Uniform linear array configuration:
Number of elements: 24
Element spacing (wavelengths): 0.5
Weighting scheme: hann
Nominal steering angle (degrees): -60
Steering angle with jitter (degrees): -58.464
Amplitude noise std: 0.05
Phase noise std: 0.05

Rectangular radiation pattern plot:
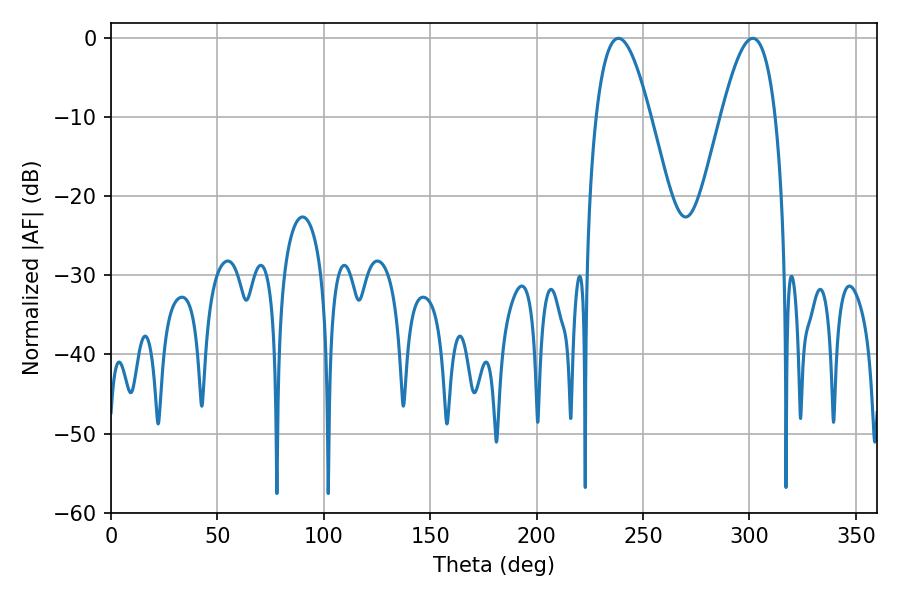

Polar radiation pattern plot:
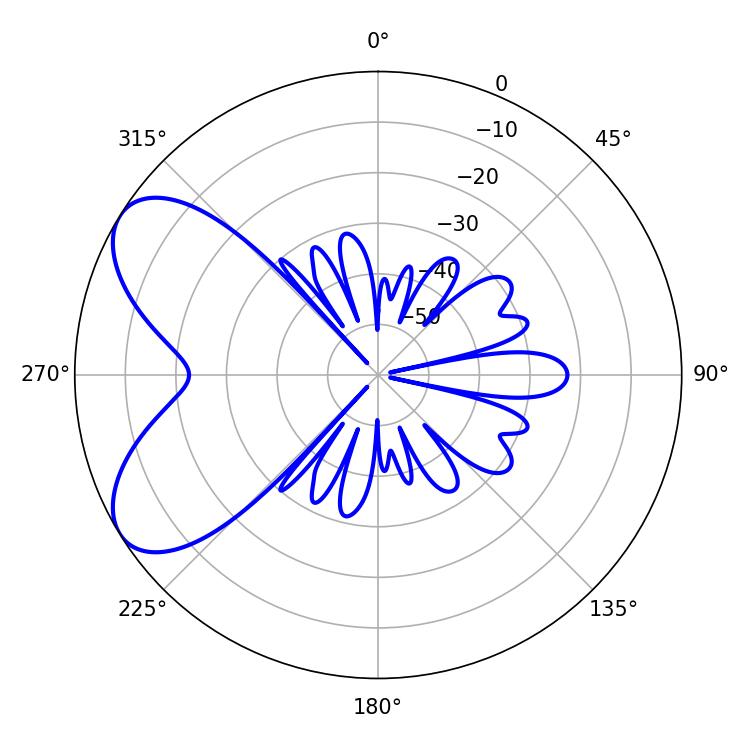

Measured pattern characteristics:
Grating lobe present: FALSE
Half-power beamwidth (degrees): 13.86
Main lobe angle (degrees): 301.5